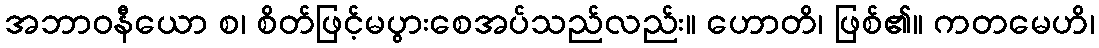
အဘာဝနီယော စ၊ စိတ်ဖြင့်မပွားစေအပ်သည်လည်း။ ဟောတိ၊ ဖြစ်၏။ ကတမေဟိ၊